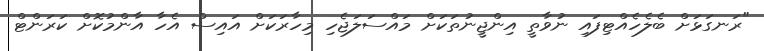
"ރަނގަޅަށް ބެލެހެއްޓިފައި ނުވާތީ އިންޖީނުތަކަށް މައްސަލަޖެހި މިހާރަކަށް އައިސް އެހާ އާންމުކޮށް ކަރަންޓް